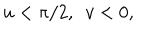
LaTeX: u < \pi / 2 , ~ ~ v < 0 ,